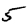
Digit: 5